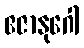
ဧဇာနုဂေါ